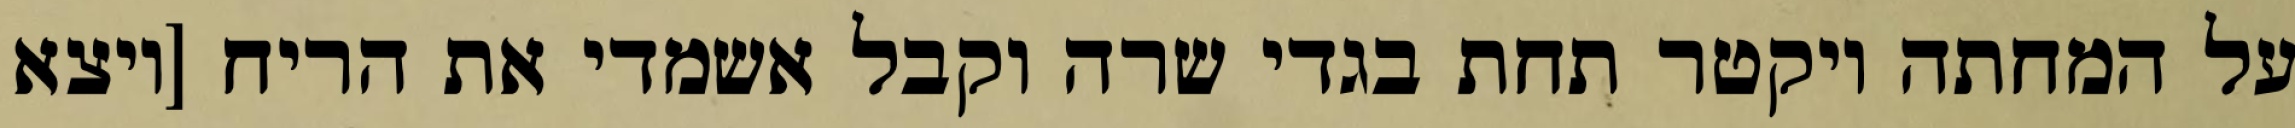
על המחתה ויקטר תחת בגדי שרה וקבל אשמדי את הריח [ויצא